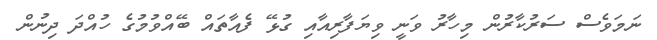
ނަމަވެސް ސަރުކާރުން މިހާރު ވަނީ ވިޔަފާރިއާއި ގުޅޭ ފެއާތައް ބޭއްވުމުގެ ހުއްދަ ދިނުން